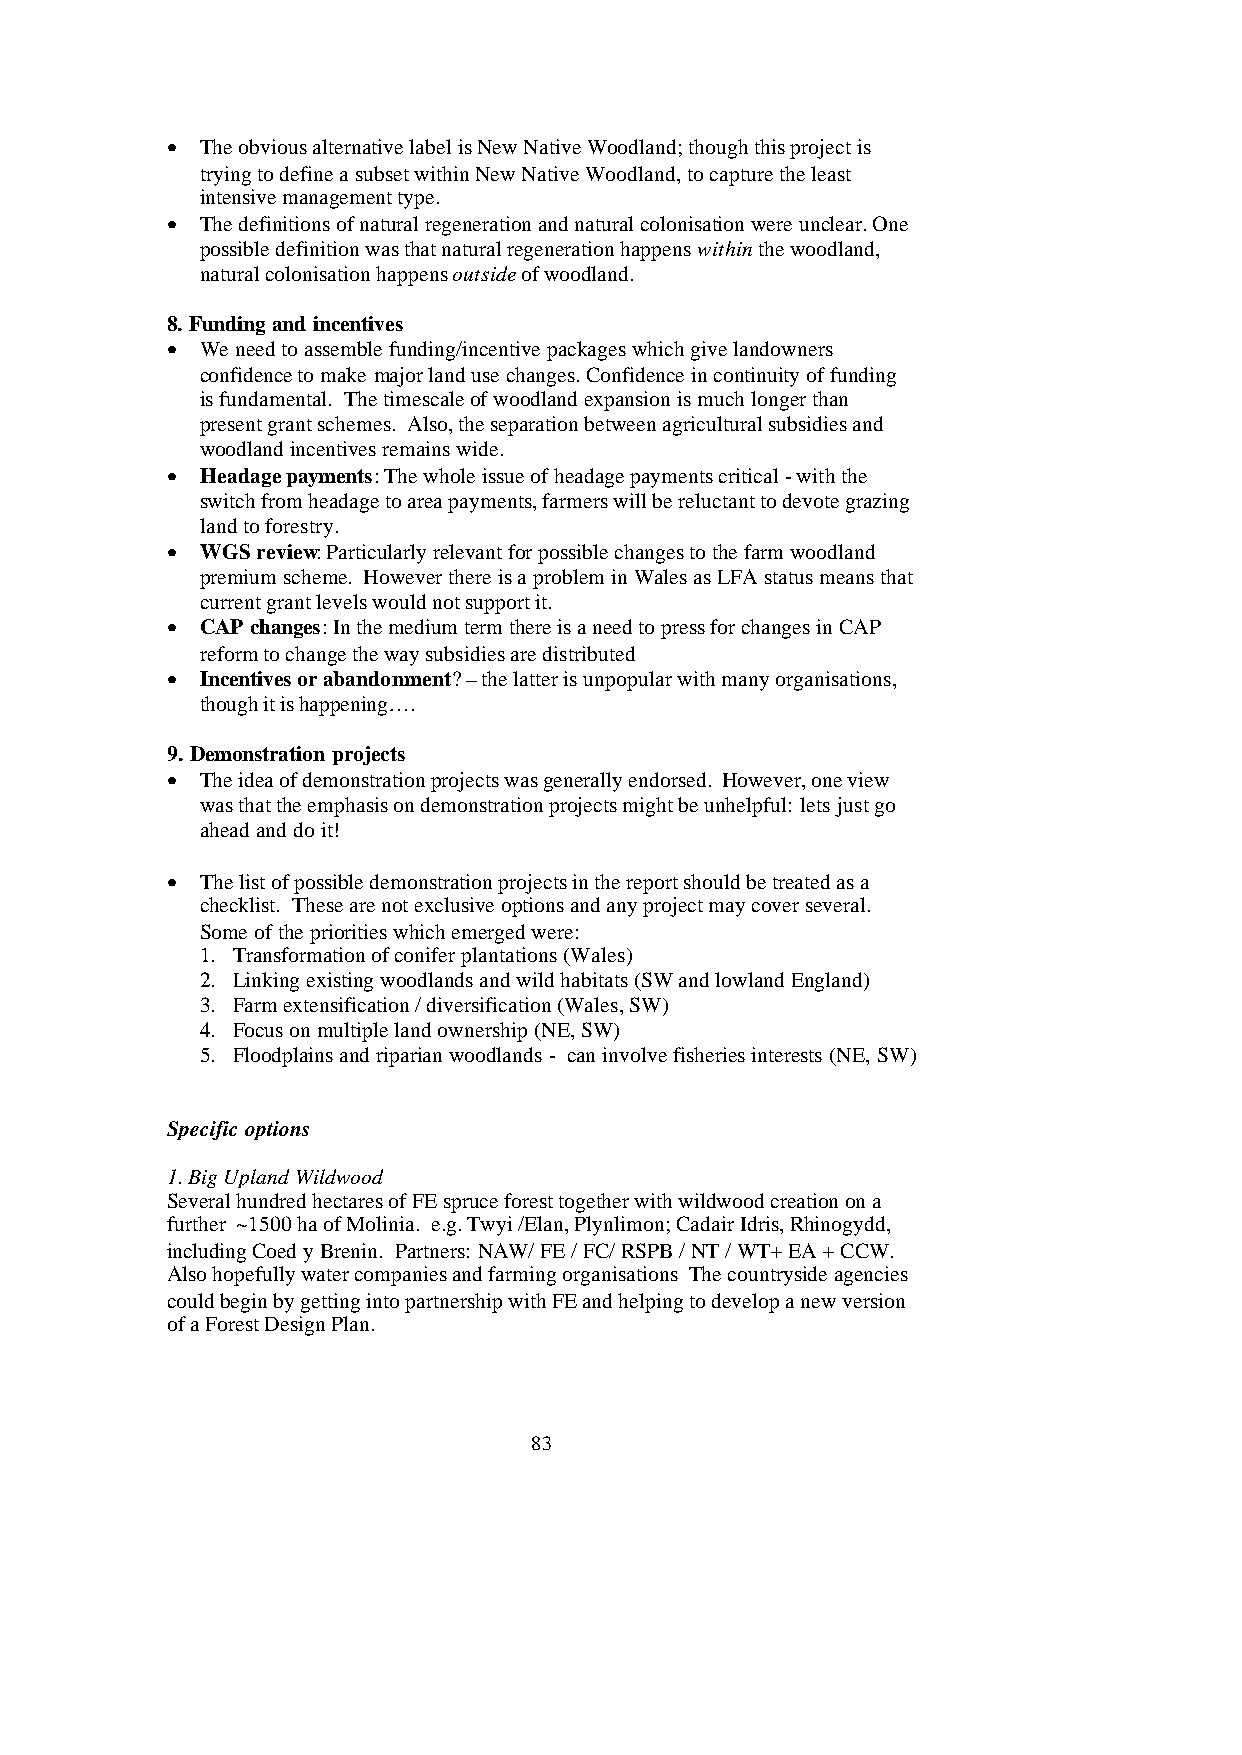
• The obvious alternative label is New Native Woodland; though this project is
 trying to define a subset within New Native Woodland, to capture the least
 intensive management type.
 • The definitions of natural regeneration and natural colonisation were unclear. One
 possible definition was that natural regeneration happens within the woodland,
 natural colonisation happens outside of woodland.
 8. Funding and incentives
 • We need to assemble funding/incentive packages which give landowners
 confidence to make major land use changes. Confidence in continuity of funding
 is fundamental. The timescale of woodland expansion is much longer than
 present grant schemes. Also, the separation between agricultural subsidies and
 woodland incentives remains wide.
 • Headage payments: The whole issue of headage payments critical - with the
 switch from headage to area payments, farmers will be reluctant to devote grazing
 land to forestry.
 • WGS review: Particularly relevant for possible changes to the farm woodland
 premium scheme. However there is a problem in Wales as LFA status means that
 current grant levels would not support it.
 • CAP changes: In the medium term there is a need to press for changes in CAP
 reform to change the way subsidies are distributed
 • Incentives or abandonment? – the latter is unpopular with many organisations,
 though it is happening….
 9. Demonstration projects
 • The idea of demonstration projects was generally endorsed. However, one view
 was that the emphasis on demonstration projects might be unhelpful: lets just go
 ahead and do it!
 • The list of possible demonstration projects in the report should be treated as a
 checklist. These are not exclusive options and any project may cover several.
 Some of the priorities which emerged were:
 1. Transformation of conifer plantations (Wales)
 2. Linking existing woodlands and wild habitats (SW and lowland England)
 3. Farm extensification / diversification (Wales, SW)
 4. Focus on multiple land ownership (NE, SW)
 5. Floodplains and riparian woodlands - can involve fisheries interests (NE, SW)
 Specific options
 1. Big Upland Wildwood
 Several hundred hectares of FE spruce forest together with wildwood creation on a
 further ~1500 ha of Molinia. e.g. Twyi /Elan, Plynlimon; Cadair Idris, Rhinogydd,
 including Coed y Brenin. Partners: NAW/ FE / FC/ RSPB / NT / WT+ EA + CCW.
 Also hopefully water companies and farming organisations The countryside agencies
 could begin by getting into partnership with FE and helping to develop a new version
 of a Forest Design Plan.
 83